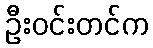
ဦးဝင်းတင်က